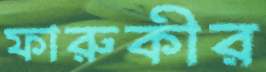
ফারুকীর